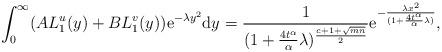
LaTeX: \begin{align*} \int_0^\infty(AL_1^u(y)+BL_1^v(y))\mathrm{e}^{-\lambda y^2}\mathrm{d}y=\frac{1}{(1+\frac{4t^\alpha}{\alpha}\lambda)^{\frac{c+1+\sqrt{mn}}{2}}}\mathrm{e}^{-\frac{\lambda x^2}{(1+\frac{4t^\alpha}{\alpha}\lambda)}}, \end{align*}